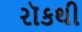
રૉકથી